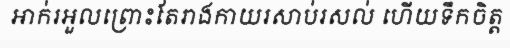
អាក់រអួលព្រោះតែរាងកាយរសាប់រសល់ ហើយទឹកចិត្ត